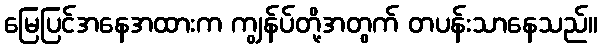
မြေပြင်အနေအထားက ကျွန်ပ်တို့အတွက် တပန်းသာနေသည်။